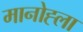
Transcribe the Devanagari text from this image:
मानोह्ला